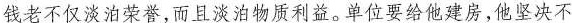
钱老不仅淡泊荣誉，而且淡泊物质利益。单位要给他建房，他坚决不